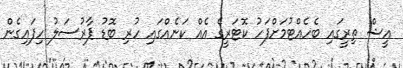
އީޝް ތިރީގައި ބެހެއްޓުމަށްފަހު ކޮޓަރީގެ އެއް ކަނެއްގައި ހުރި ބޮޑު ޕާރުސަލު ހިފައިގެން